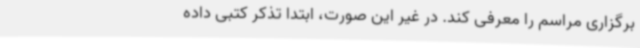
برگزاری مراسم را معرفی کند. در غیر این صورت، ابتدا تذکر کتبی داده